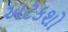
અટકશો